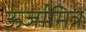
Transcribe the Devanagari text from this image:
ऊर्जामित्र